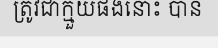
ត្រូវជាក្មួយផងនោះ បាន